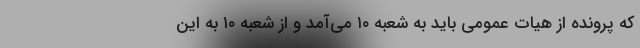
که پرونده از هیات عمومی باید به شعبه ۱۰ می‌آمد و از شعبه ۱۰ به این